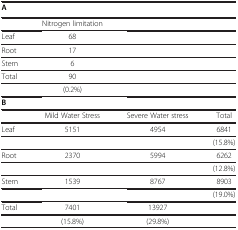
| <COLSPAN=4> A |
 | --- | --- | --- | --- |
 |  | Nitrogen limitation |  |  |
 | Leaf | 68 |  |  |
 | Root | 17 |  |  |
 | Stem | 6 |  |  |
 | Total | 90 |  |  |
 |  | (0.2%) |  |  |
 | <COLSPAN=4> B |
 |  | Mild Water Stress | Severe Water stress | Total |
 | Leaf | 5151 | 4954 | 6841 |
 |  |  |  | (15.8%) |
 | Root | 2370 | 5994 | 6262 |
 |  |  |  | (12.8%) |
 | Stem | 1539 | 8767 | 8903 |
 |  |  |  | (19.0%) |
 | Total | 7401 | 13927 |  |
 |  | (15.8%) | (29.8%) |  |